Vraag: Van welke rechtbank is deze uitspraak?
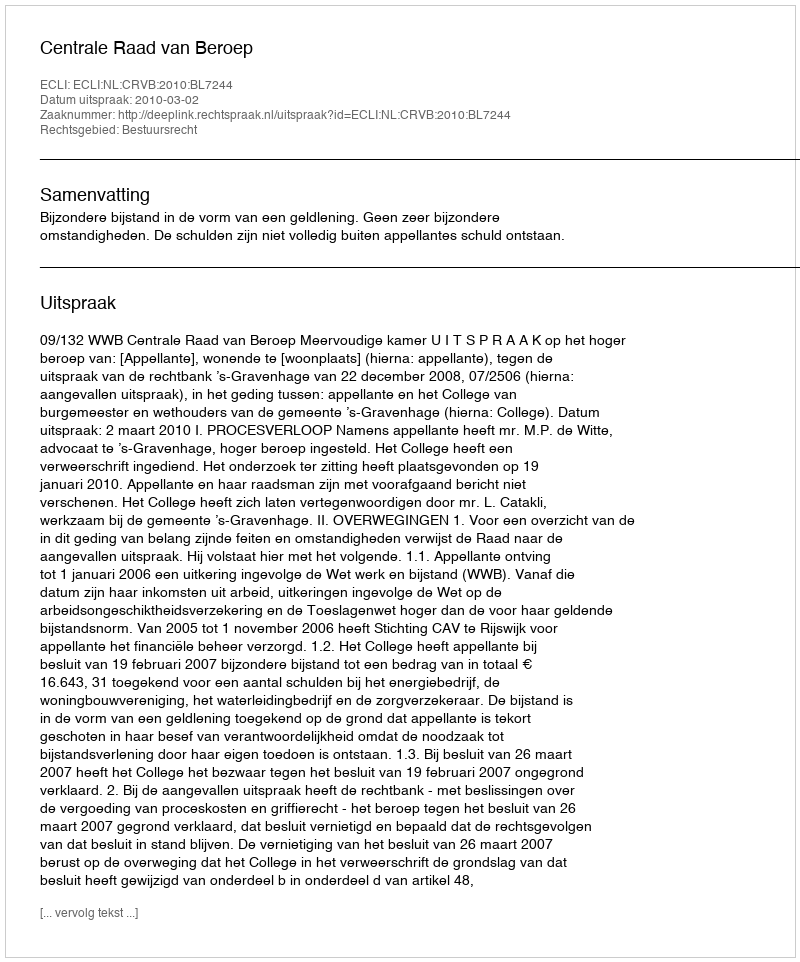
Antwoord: Centrale Raad van Beroep